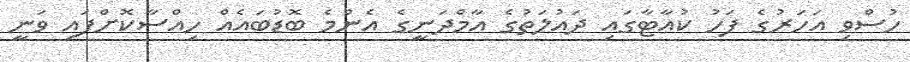
ހުސްވި އަހަރުގެ ފަހު ކުއާޓާގައި ދައުލަތުގެ އާމްދަނީގެ އެންމެ ބޮޑުބައެއް ހިއްސާކޮށްފައި ވަނީ